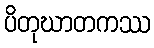
ပိတုဃာတကဿ